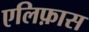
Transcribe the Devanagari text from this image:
एलिफ़ास